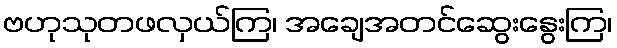
ဗဟုသုတဖလှယ်ကြ၊ အချေအတင်ဆွေးနွေးကြ၊